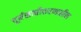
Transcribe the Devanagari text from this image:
पूर्नसाचीकरणातील